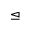
\trianglelefteq